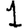
Digit: 1